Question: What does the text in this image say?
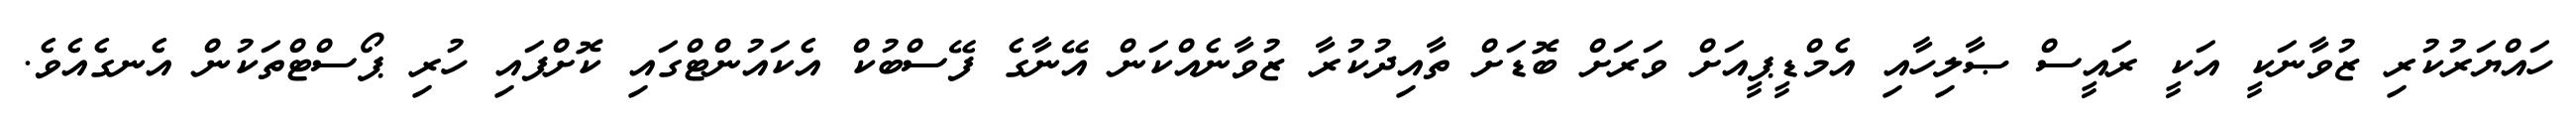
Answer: ހައްޔަރުކުރި ޒުވާނަކީ އަކީ ރައީސް ޞާލިހާއި އެމްޑީޕީއަށް ވަރަށް ބޮޑަށް ތާއިދުކުރާ ޒުވާނެއްކަން އޭނާގެ ފޭސްބުކް އެކައުންޓްގައި ކޮށްފައި ހުރި ޕޯސްޓްތަކުން އެނގެއެވެ.